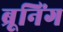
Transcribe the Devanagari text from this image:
ब्रूनिंग